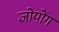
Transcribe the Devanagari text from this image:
जोयोंग